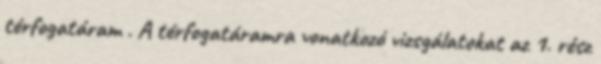
térfogatáram . A térfogatáramra vonatkozó vizsgálatokat az 1. rész